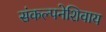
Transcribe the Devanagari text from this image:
संकल्पनेशिवाय